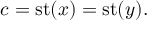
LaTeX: c = \operatorname { s t } ( x ) = \operatorname { s t } ( y ) .